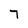
Character: 7